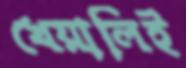
খেয়ালিই